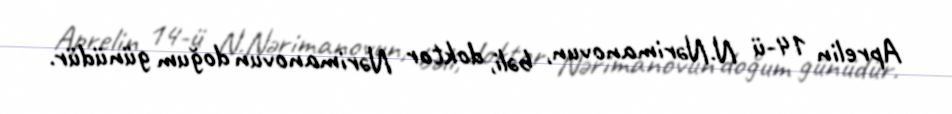
Aprelin 14-ü N.Nərimanovun, bəli, doktor Nərimanovun doğum günüdür.